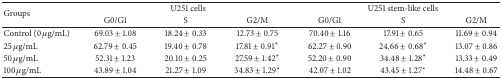
<table><thead><tr><td rowspan="2"><b>Groups</b></td><td colspan="3"><b>U251 cells</b></td><td colspan="3"><b>U251 stem-like cells</b></td></tr><tr><td><b>G0/G1</b></td><td><b>S</b></td><td><b>G2/M</b></td><td><b>G0/G1</b></td><td><b>S</b></td><td><b>G2/M</b></td></tr></thead><tbody><tr><td>Control (0 <i>μ</i>g/mL)</td><td>69.03 ± 1.08</td><td>18.24 ± 0.33</td><td>12.73 ± 0.75</td><td>70.40 ± 1.16</td><td>17.91 ± 0.65</td><td>11.69 ± 0.94</td></tr><tr><td>25 <i>μ</i>g/mL</td><td>62.79 ± 0.45</td><td>19.40 ± 0.78</td><td>17.81 ± 0.91<sup><i>∗</i></sup></td><td>62.27 ± 0.90</td><td>24.66 ± 0.68<sup><i>∗</i></sup></td><td>13.07 ± 0.86</td></tr><tr><td>50 <i>μ</i>g/mL</td><td>52.31 ± 1.23</td><td>20.10 ± 0.25</td><td>27.59 ± 1.42<sup><i>∗</i></sup></td><td>52.20 ± 0.90</td><td>34.48 ± 1.28<sup><i>∗</i></sup></td><td>13.33 ± 0.49</td></tr><tr><td>100 <i>μ</i>g/mL</td><td>43.89 ± 1.04</td><td>21.27 ± 1.09</td><td>34.83 ± 1.29<sup><i>∗</i></sup></td><td>42.07 ± 1.02</td><td>43.45 ± 1.27<sup><i>∗</i></sup></td><td>14.48 ± 0.67</td></tr></tbody></table>